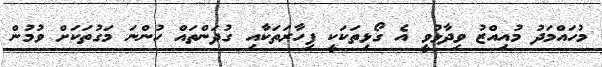
މުހައްމަދު މުއިއްޒު ވިދާޅުވީ އެ ގޯޅިތަކަކީ ފިހާރަތަކާއި ގުދަންތައް ހުންނަ މަގުތަކަށް ވުމުން